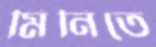
মিনিতে